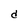
Character: d